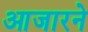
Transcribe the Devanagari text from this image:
आजारने